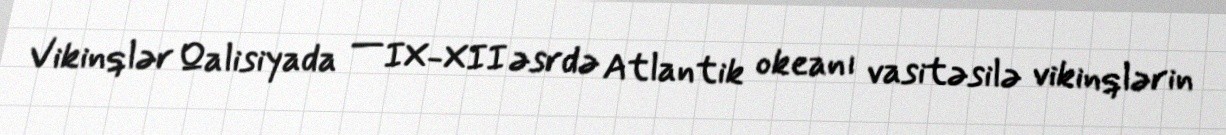
Vikinqlər Qalisiyada — IX-XII əsrdə Atlantik okeanı vasitəsilə vikinqlərin